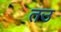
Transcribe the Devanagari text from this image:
तउ